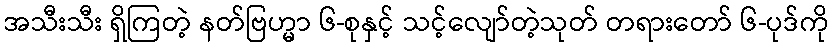
အသီးသီး ရှိကြတဲ့ နတ်ဗြဟ္မာ ၆-စုနှင့် သင့်လျော်တဲ့သုတ် တရားတော် ၆-ပုဒ်ကို